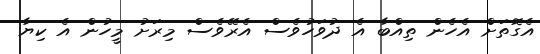
އެގޮތަށް އެހެން ތިއްބާ އެ ދުވަހުވެސް އެރޭވެސް މިރަށު މީހުން އެ ކިޔާ